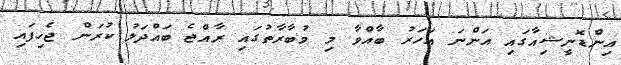
އިންޑޮނީޝިއާގައި އަންނަ އަހަރު ބާއްވާ މި މުބާރާތުގައި ރާއްޖެ ބައްދަލު ކުރަން ޖެހިފައި